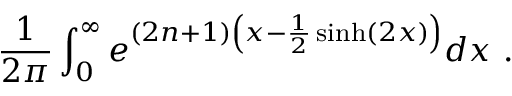
{ \frac { 1 } { 2 \pi } } \int _ { 0 } ^ { \infty } e ^ { ( 2 n + 1 ) \left( x - { \frac { 1 } { 2 } } \sinh ( 2 x ) \right) } d x ~ .